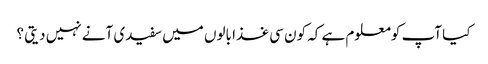
کیا آپ کومعلوم ہے کہ کون سی غذا بالوں میں سفیدی آنے نہیں دیتی ؟